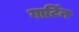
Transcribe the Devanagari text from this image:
गार्टिन